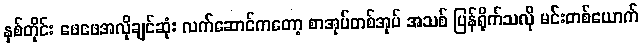
နှစ်တိုင်း ဖေဖေအလိုချင်ဆုံး လက်ဆောင်ကတော့ စာအုပ်တစ်အုပ် အသစ် ပြန်ရိုက်သလို မင်းတစ်ယောက်